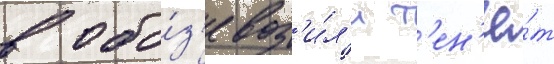
в обо́з'е воз'и́л'и т'ен'ё́т